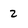
Character: 2